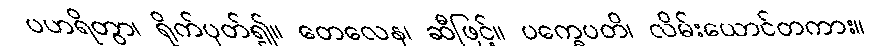
ပဟရိတွာ၊ ရိုက်ပုတ်၍။ တေလေန၊ ဆီဖြင့်။ ပက္ခေပတိ၊ လိမ်းယောင်တကား။